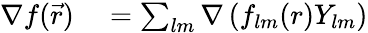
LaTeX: \begin{array}{rl}{\nabla f(\vec{r})}&{{}=\sum_{lm}\nabla\left(f_{lm}(r)Y_{lm}\right)}\end{array}